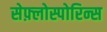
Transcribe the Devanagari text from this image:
सेफ़्लोस्पोरिन्स